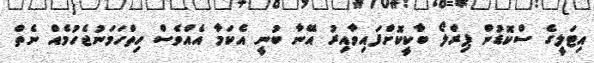
އިޓަލީގެ ސްކޮޑުން ޕިރްލޯ ބާކީކޮށްފައިވާއިރު އޭނާ ބުނީ އެކަމާ އެއްވެސް ހިތްހަމަނުޖެހުމެއް ނެތް